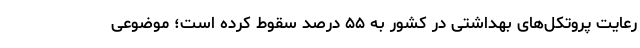
رعایت پروتکل‌های بهداشتی در کشور به ۵۵ درصد سقوط کرده است؛ موضوعی